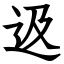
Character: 﨤